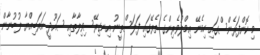
މި ކޮންފަރެންސްގައި ހިމެނޭ ޢިމްލުވެރިންގެ ތެރޭގައި ފަލަސްތީނު އިނގިރޭސިވިލާތާއި ސައޫދީ އަރަބިއްޔާ ލުބުނާން